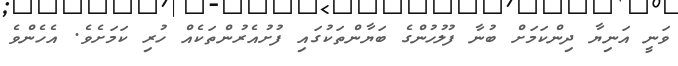
ވަނީ އަނިޔާ ދިންކަމަށް ބުނާ ފުލުހުންގެ ބަޔާންތަކުގައި ފުށުއެރުންތަކެއް ހުރި ކަމަށެވެ. އެހެންވެ